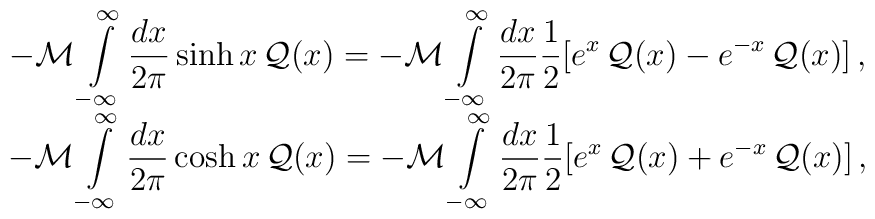
\begin{array}{c}\displaystyle -{\cal M}\displaystyle\int\limits ^{\infty }_{-\infty }\displaystyle\frac{dx}{2\pi }\sinh x\, {\cal Q}(x)=-{\cal M}\displaystyle\int\limits ^{\infty }_{-\infty }\displaystyle\frac{dx}{2\pi }\displaystyle\frac{1}{2}[e^{x}\, {\cal Q}(x)-e^{-x}\, {\cal Q}(x)]\, ,\\-{\cal M}\displaystyle\int\limits _{-\infty }^{\infty }\displaystyle\frac{dx}{2\pi }\cosh x\, {\cal Q}(x)=-{\cal M}\displaystyle\int\limits _{-\infty }^{\infty }\displaystyle\frac{dx}{2\pi }\displaystyle\frac{1}{2}[e^{x}\, {\cal Q}(x)+e^{-x}\, {\cal Q}(x)]\, ,\end{array}